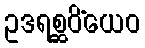
ဥဒရစ္ဆဝိံယေဝ